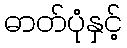
ဓာတ်ပုံနှင့်